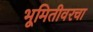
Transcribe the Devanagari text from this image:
भूमितीवरचा